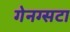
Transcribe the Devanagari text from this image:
गेनग्सटा